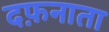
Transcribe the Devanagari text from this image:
दफ़नाता